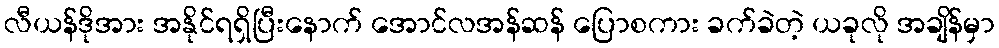
လီယန်ဒိုအား အနိုင်ရရှိပြီးနောက် အောင်လအန်ဆန် ပြောစကား ခက်ခဲတဲ့ ယခုလို အချိန်မှာ